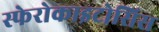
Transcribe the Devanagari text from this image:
स्फेरोकाइटोसिस